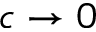
c \rightarrow 0